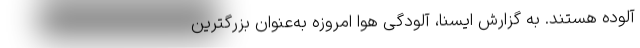
آلوده هستند. به گزارش ایسنا، آلودگی هوا امروزه به‌عنوان بزرگترین